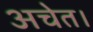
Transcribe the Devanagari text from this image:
अचेत।